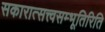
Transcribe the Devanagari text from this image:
सकारात्सत्त्वसम्भूतिरिति